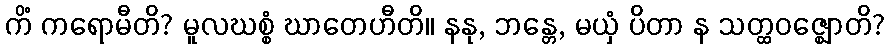
ကိံ ကရောမီတိ? မူလဃစ္စံ ဃာတေဟီတိ။ နနု, ဘန္တေ, မယှံ ပိတာ န သတ္ထဝဇ္ဈောတိ?